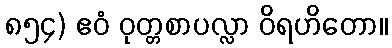
၈၅၄) ဧဝံ ဝုတ္တစာပလ္လာ ဝိရဟိတော။